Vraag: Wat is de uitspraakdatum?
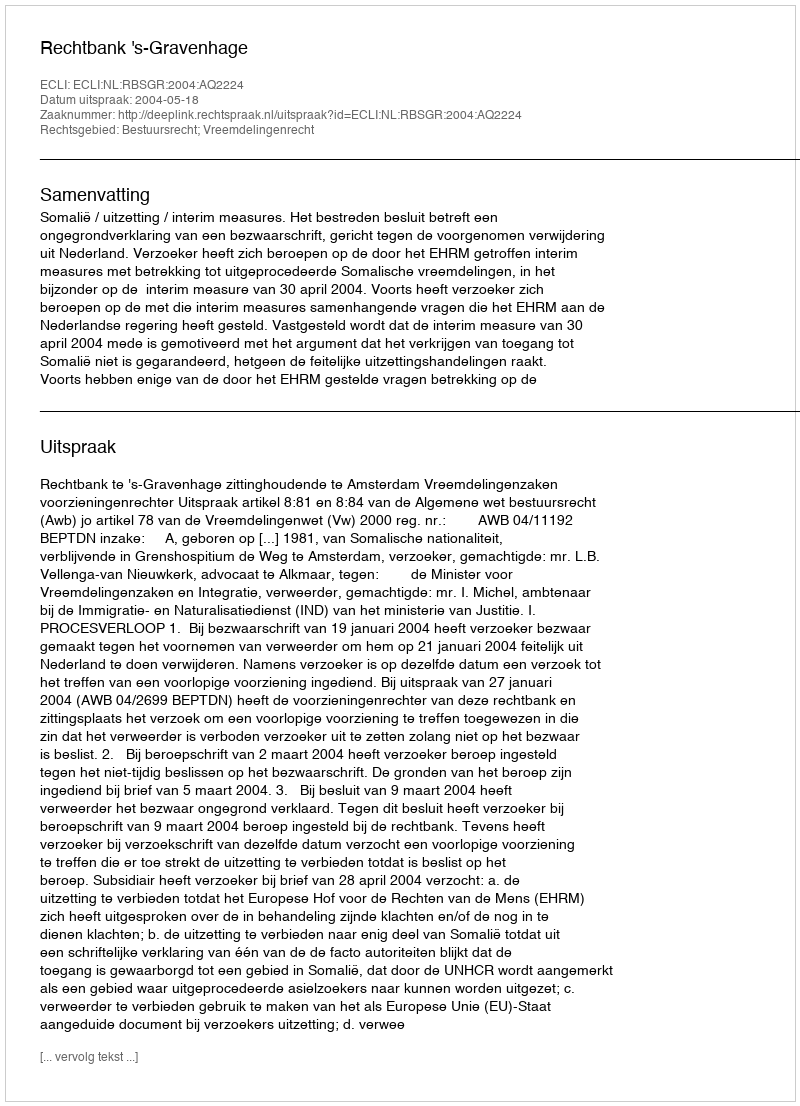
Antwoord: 2004-05-18